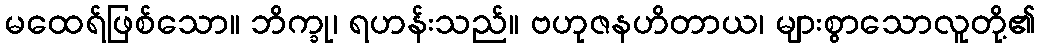
မထေရ်ဖြစ်သော။ ဘိက္ခု၊ ရဟန်းသည်။ ဗဟုဇနဟိတာယ၊ များစွာသောလူတို့၏